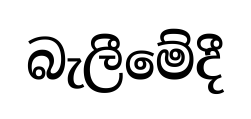
බැලීමේදී